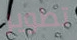
تطوير